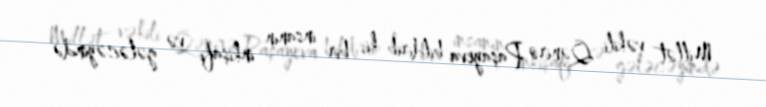
Millət vəkili Qənirə Paşayeva bildirib ki, bir insanın inkişafı və gələcəyində